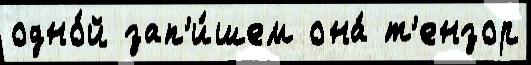
одно́й зап'и́шем она́ т'ензор